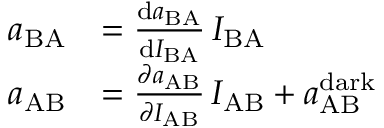
\begin{array} { r l } { a _ { \mathrm { B A } } } & { = \frac { \mathrm { d } a _ { \mathrm { B A } } } { \mathrm { d } I _ { \mathrm { B A } } } \, I _ { \mathrm { B A } } } \\ { a _ { \mathrm { A B } } } & { = \frac { \partial a _ { \mathrm { A B } } } { \partial I _ { \mathrm { A B } } } \, I _ { \mathrm { A B } } + a _ { \mathrm { A B } } ^ { \mathrm { d a r k } } } \end{array}